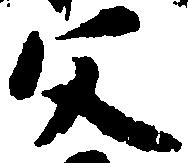
父